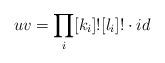
LaTeX: \begin{align*}uv = \prod_i [k_i]! [l_i]! \cdot id\end{align*}